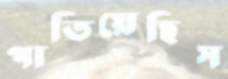
পাতিয়েছিস